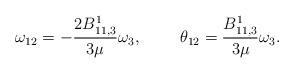
LaTeX: \begin{align*}\omega_{12}=-\frac{2B^1_{11,3}}{3\mu}\omega_3,~~~~~~~\theta_{12}=\frac{B^1_{11,3}}{3\mu}\omega_3.\end{align*}